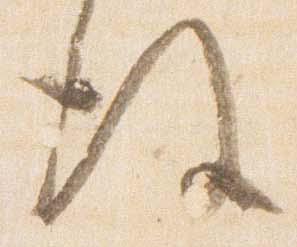
後